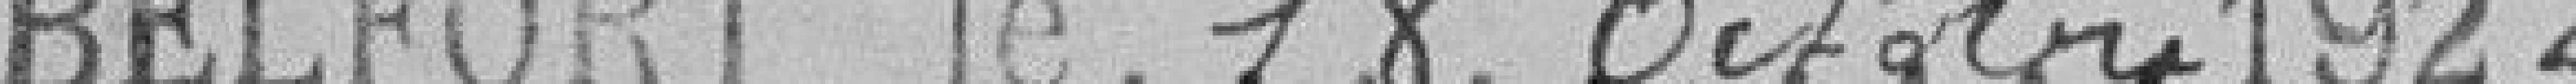
Belfort, le 18 octobre 1922